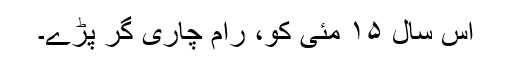
اس سال ۱۵ مئی کو، رام چاری گر پڑے۔